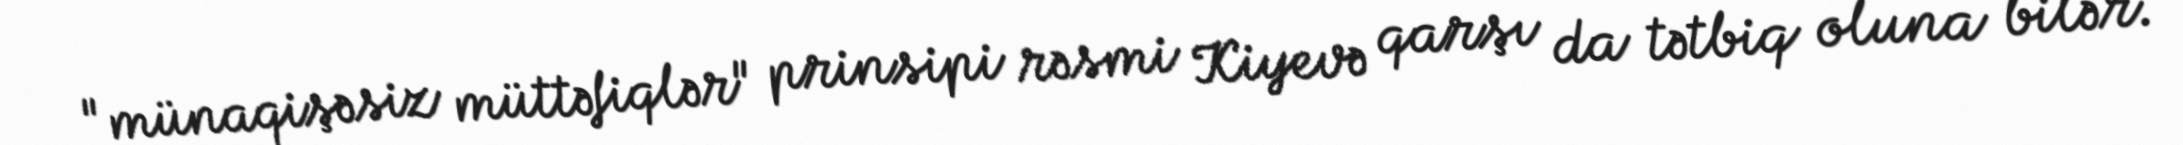
"münaqişəsiz müttəfiqlər" prinsipi rəsmi Kiyevə qarşı da tətbiq oluna bilər.